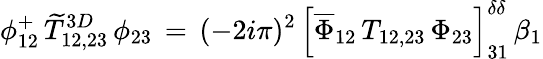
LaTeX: \phi_{12}^{+}\, \widetilde T_{12,23}^{3D}\, \phi_{23}\, =\, (-2i\pi)^{2}\, \left[\overline{{\Phi}}_{12}\, T_{12,23}\, \Phi_{23}\right]_{31}^{\delta\delta}\, \beta_{1}